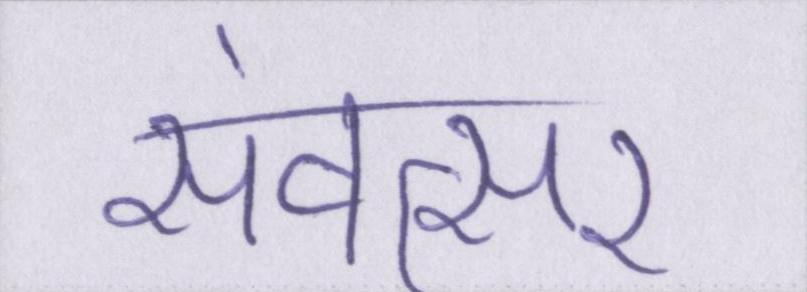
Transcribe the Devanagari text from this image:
संवत्सर